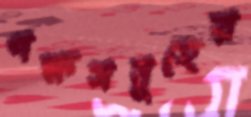
পক্ষসমূহের